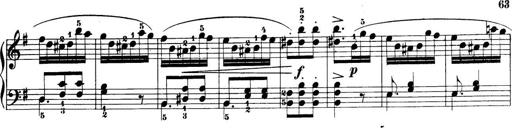
Title: 32 Sonatinas and Rondos for the Piano
Composer: Richard Kleinmichel